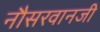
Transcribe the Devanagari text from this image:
नौसरवानजी